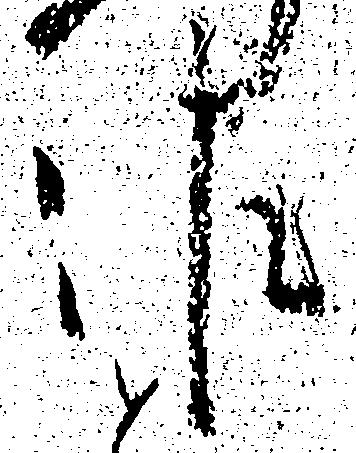
佐